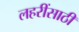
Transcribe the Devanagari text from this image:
लहरींसाठी